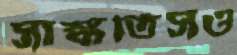
সাঙ্কতিসও